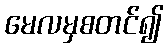
မေလမှစတင်၍